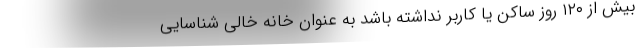
بیش از ۱۲۰ روز ساکن یا کاربر نداشته باشد به عنوان خانه خالی شناسایی